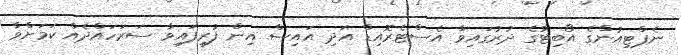
ނެޕްޓިއުންގެ އޯބިޓުގެ ދުރުގައިވާ އެސްޓެރޮއިޑް އަދި އައިސް އިން ފުރިފައިވާ ސަރަހައްދެއް ކަމަށްވާ